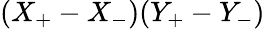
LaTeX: (X_{+}-X_{-})(Y_{+}-Y_{-})